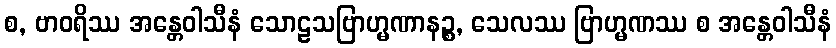
စ, ဗာဝရိဿ အန္တေဝါသီနံ သောဠသဗြာဟ္မဏာနဉ္စ, သေလဿ ဗြာဟ္မဏဿ စ အန္တေဝါသီနံ